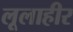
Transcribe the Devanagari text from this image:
लूलाहीर